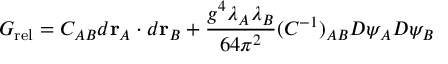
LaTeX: { \cal G } _ { \mathrm { r e l } } = C _ { A B } d { \bf r } _ { A } \cdot d { \bf r } _ { B } + \frac { g ^ { 4 } \lambda _ { A } \lambda _ { B } } { 6 4 \pi ^ { 2 } } ( C ^ { - 1 } ) _ { A B } D \psi _ { A } D \psi _ { B }